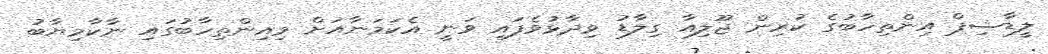
ލީޑާޝިޕް އިންތިހާބުގެ ކުރިން ޖޫލިއާ ގިލާޑު ވިދާޅުވެފައި ވަނީ އެކަމަނާއަށް މިއިންތިހާބުގައި ނާކާމިޔާބު